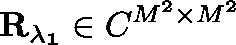
\mathbf { R _ { \lambda _ { 1 } } } \in \mathbb { C } ^ { M ^ { 2 } \times M ^ { 2 } }